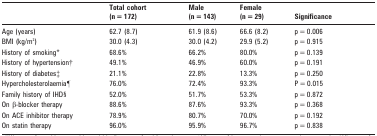
|  | Total cohort (n = 172) | Male (n = 143) | Female (n = 29) | Significance |
 | --- | --- | --- | --- | --- |
 | Age (years) | 62.7 (8.7) | 61.9 (8.6) | 66.6 (8.2) | p = 0.006 |
 | BMI (kg/m2) | 30.0 (4.3) | 30.0 (4.2) | 29.9 (5.2) | p = 0.915 |
 | History of smoking* | 68.6% | 66.2% | 80.0% | p = 0.139 |
 | History of hypertension† | 49.1% | 46.9% | 60.0% | p = 0.191 |
 | History of diabetes‡ | 21.1% | 22.8% | 13.3% | p = 0.250 |
 | Hypercholesterolaemia¶ | 76.0% | 72.4% | 93.3% | P = 0.015 |
 | Family history of IHD§ | 52.0% | 51.7% | 53.3% | p = 0.872 |
 | On β-blocker therapy | 88.6% | 87.6% | 93.3% | p = 0.368 |
 | On ACE inhibitor therapy | 78.9% | 80.7% | 70.0% | p = 0.192 |
 | On statin therapy | 96.0% | 95.9% | 96.7% | p = 0.838 |